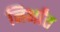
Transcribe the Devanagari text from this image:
निर्भांत